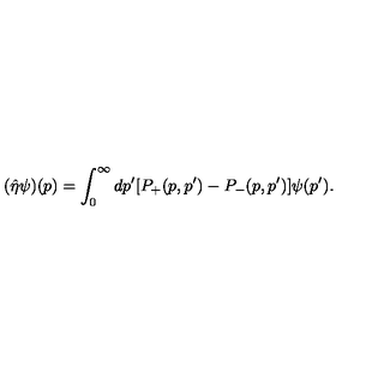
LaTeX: ( \hat { \eta } \psi ) ( p ) = \int _ { 0 } ^ { \infty } d p ^ { \prime } [ P _ { + } ( p , p ^ { \prime } ) - P _ { - } ( p , p ^ { \prime } ) ] \psi ( p ^ { \prime } ) .